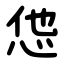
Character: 怹